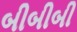
બીબીબી